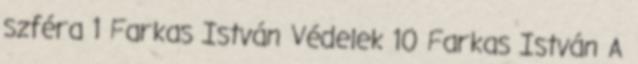
szféra 1 Farkas István Védelek 10 Farkas István A